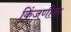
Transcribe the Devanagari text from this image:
किंजणीका